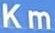
Km